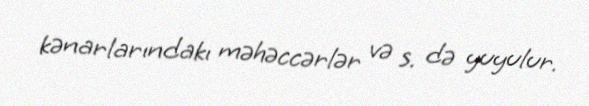
kənarlarındakı məhəccərlər və s. də yuyulur.